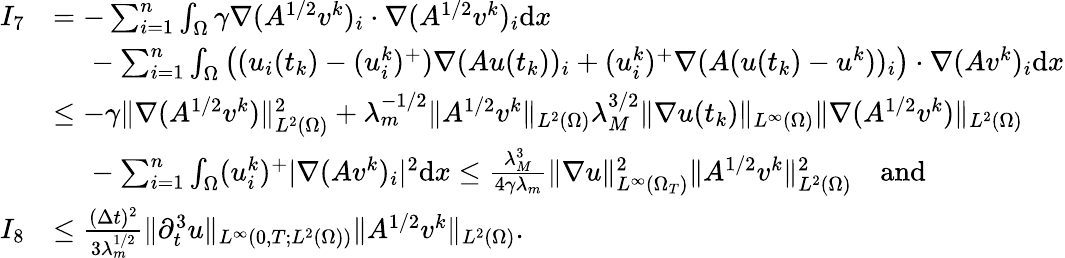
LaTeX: \begin{array}{rl}{I_{7}}&{=-\sum_{i=1}^{n}\int_{\Omega}\gamma\nabla(A^{1/2}v^{k})_{i}\cdot\nabla(A^{1/2}v^{k})_{i}\mathrm{d}x}\\ &{\phantom{xx}-\sum_{i=1}^{n}\int_{\Omega}\big((u_{i}(t_{k})-(u_{i}^{k})^{+})\nabla(Au(t_{k}))_{i}+(u_{i}^{k})^{+}\nabla(A(u(t_{k})-u^{k}))_{i}\big)\cdot\nabla(Av^{k})_{i}\mathrm{d}x}\\ &{\le-\gamma\| \nabla(A^{1/2}v^{k})\| _{L^{2}(\Omega)}^{2}+\lambda_{m}^{-1/2}\| A^{1/2}v^{k}\| _{L^{2}(\Omega)}\lambda_{M}^{3/2}\| \nabla u(t_{k})\| _{L^{\infty}(\Omega)}\| \nabla(A^{1/2}v^{k})\| _{L^{2}(\Omega)}}\\ &{\phantom{xx}-\sum_{i=1}^{n}\int_{\Omega}(u_{i}^{k})^{+}|\nabla(Av^{k})_{i}|^{2}\mathrm{d}x\le\frac{\lambda_{M}^{3}}{4\gamma\lambda_{m}}\| \nabla u\| _{L^{\infty}(\Omega_{T})}^{2}\| A^{1/2}v^{k}\| _{L^{2}(\Omega)}^{2}\quad\mathrm{and}}\\ {I_{8}}&{\le\frac{(\Delta t)^{2}}{3\lambda_{m}^{1/2}}\| \partial_{t}^{3}u\| _{L^{\infty}(0,T;L^{2}(\Omega))}\| A^{1/2}v^{k}\| _{L^{2}(\Omega)}.}\end{array}